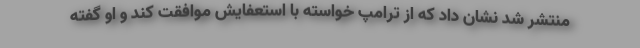
منتشر شد نشان داد که از ترامپ خواسته با استعفایش موافقت کند و او گفته